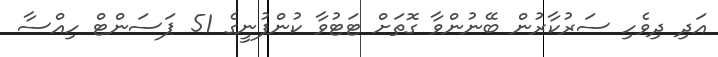
އަދި ދިވެހި ސަރުކާރުން ބޭނުންވާ ގޮތަށް ޓަޓުވާ ކުންފުނީގެ 51 ޕަސަންޓް ހިއްސާ